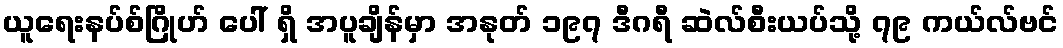
ယူရေးနပ်စ်ဂြိုဟ် ပေါ် ရှိ အပူချိန်မှာ အနုတ် ၁၉၇ ဒီဂရီ ဆဲလ်စီးယပ်သို့ ၇၉ ကယ်လ်ဗင်